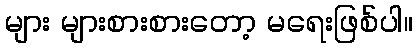
များ များစားစားတော့ မရေးဖြစ်ပါ။